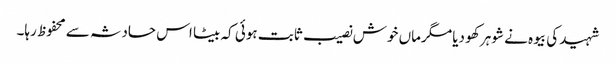
شہید کی بیوہ نے شوہر کھو دیا مگرماں خوش نصیب ثابت ہوئی کہ بیٹا اس حادثہ سے محفوظ رہا۔